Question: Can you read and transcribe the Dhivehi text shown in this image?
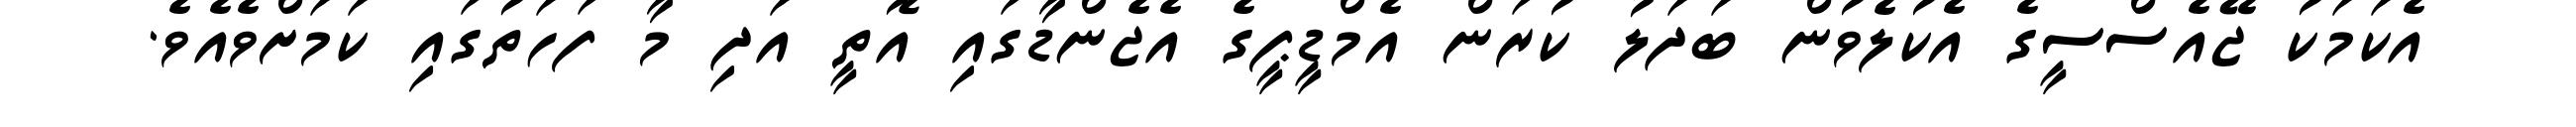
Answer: އެކަމަކު ޖޭއެސްސީގެ އެކުލެވުން ބަދަލު ކުރަން އެމްޑީޕީގެ އެޖެންޑާގައި އޮތީ އަދި މާ ފަހަތުގައި ކަމަށްވެއެވެ.